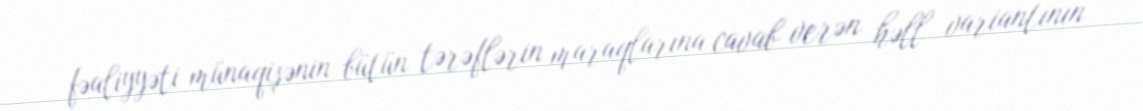
fəaliyyəti münaqişənin bütün tərəflərin maraqlarına cavab verən həll variantının